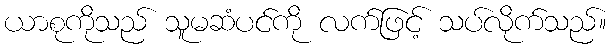
ယာစုကိုသည် သူမဆံပင်ကို လက်ဖြင့် သပ်လိုက်သည်။